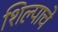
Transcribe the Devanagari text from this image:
शिल्पाचे